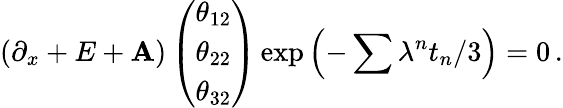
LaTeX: \left(\partial_{x}+E+\mathbf{A}\right)\left(\begin{array}{c}{{\theta_{12}}}\\ {{\theta_{22}}}\\ {{\theta_{32}}}\end{array}\right)\exp\left(-\sum\lambda^{n}t_{n}/3\right)=0\, .